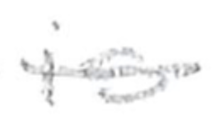
Text: is
Cross-out: single-line
Writing tool: pencil